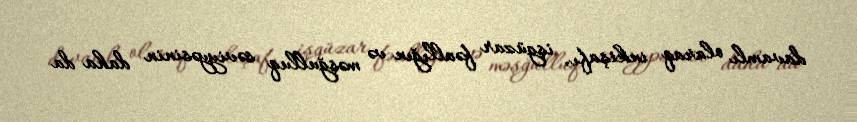
davamlı olaraq inkişafı, işgüzar fəallığın və məşğulluq səviyyəsinin daha da